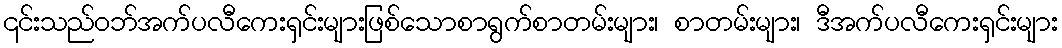
၎င်းသည်ဝဘ်အက်ပလီကေးရှင်းများဖြစ်သောစာရွက်စာတမ်းများ၊ စာတမ်းများ၊ ဒီအက်ပလီကေးရှင်းများ